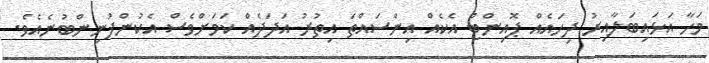
މަހާ އަޅައިބަލާއިރު ދިހައެއް ޕޮއިންޓް އެކެއް އިންސައްތަ އިތުރު އަދަދެއް ކަމަށްވެސް އެކުންފުނިންބުނެއެވެ.